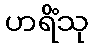
ဟရိံသု